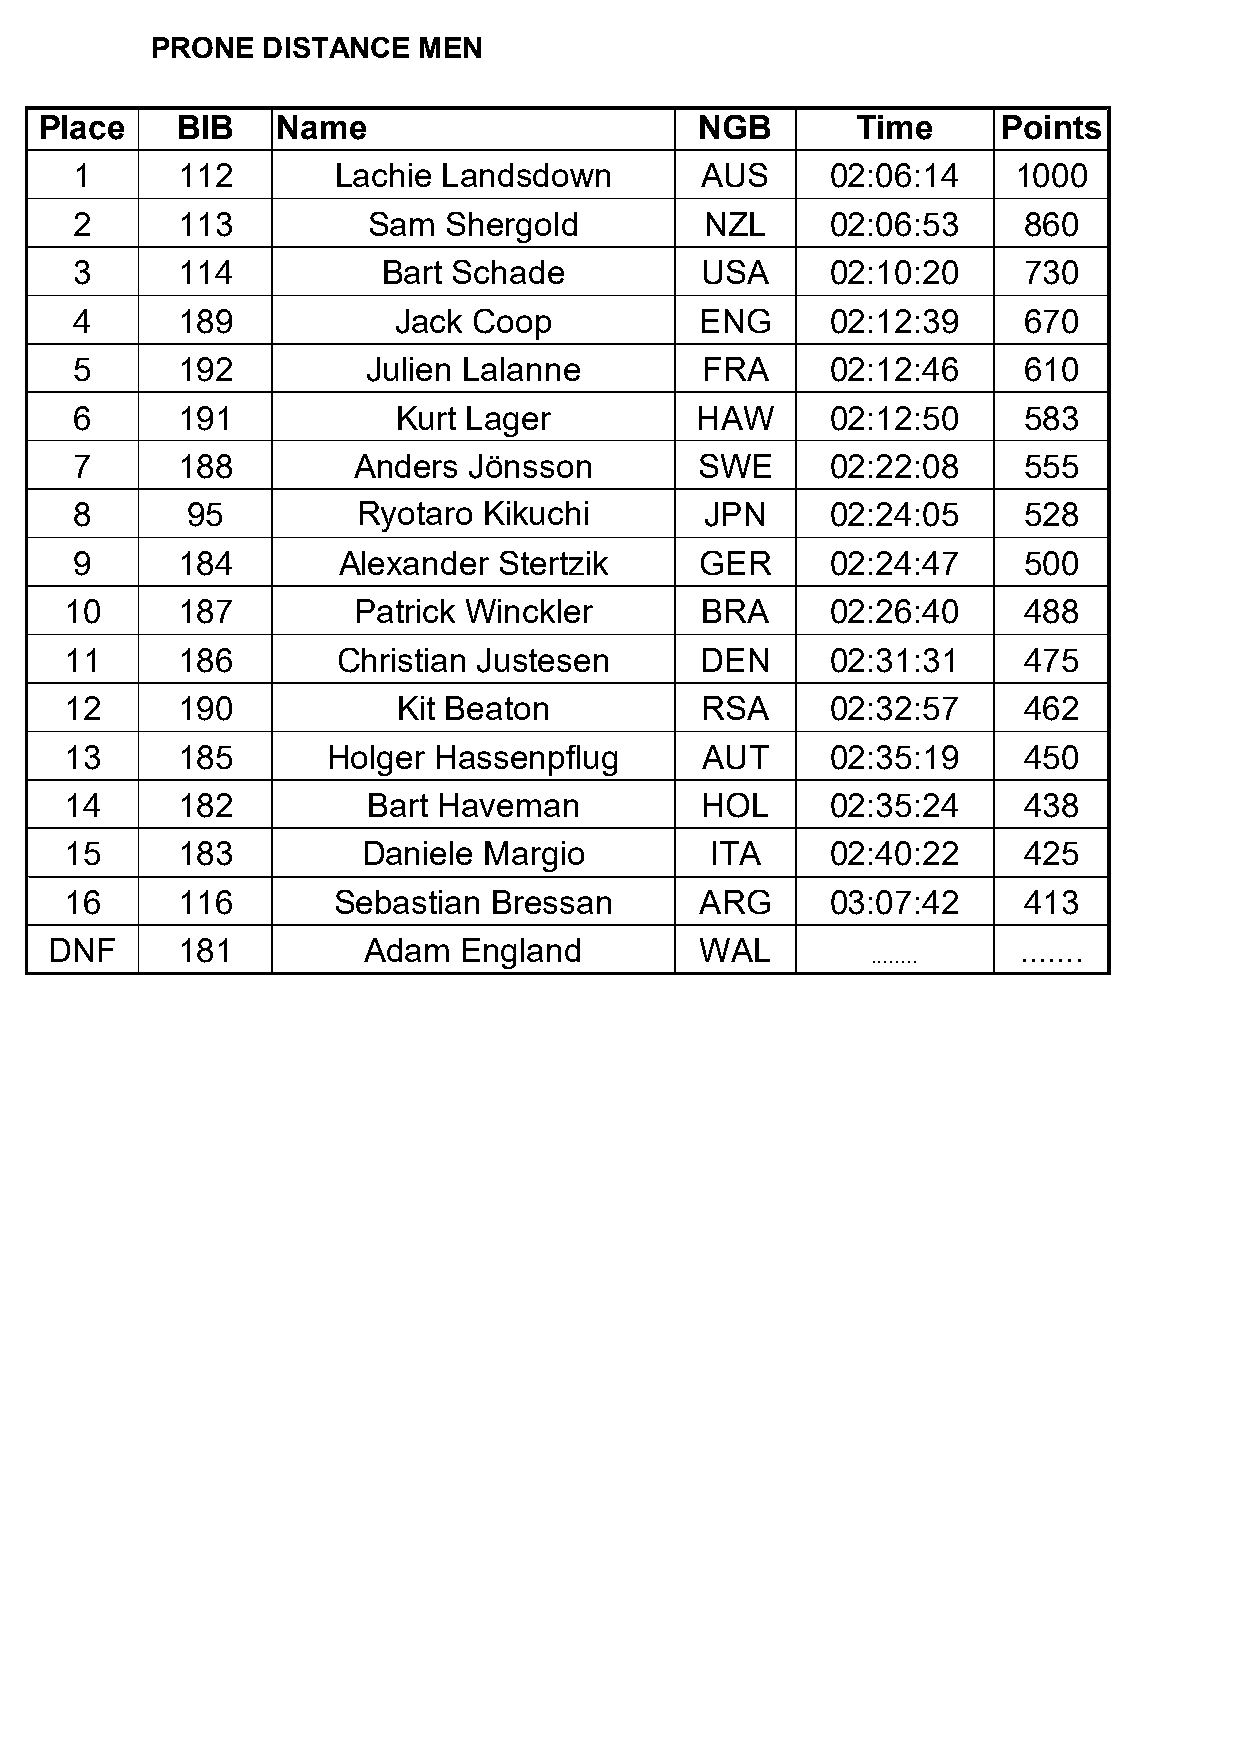
PRONE  DISTANCE   MEN
 Place    BIB   Name                        NGB        Time     Points
 1      112       Lachie Landsdown        AUS      02:06:14    1000
 2      113         Sam   Shergold         NZL     02:06:53     860
 3      114          Bart Schade          USA      02:10:20     730
 4      189           Jack Coop           ENG      02:12:39     670
 5      192         Julien Lalanne        FRA      02:12:46     610
 6      191           Kurt Lager          HAW      02:12:50     583
 7      188        Anders  Jönsson        SWE      02:22:08     555
 8      95          Ryotaro Kikuchi        JPN     02:24:05     528
 9      184       Alexander  Stertzik     GER      02:24:47     500
 10      187        Patrick Winckler       BRA      02:26:40     488
 11      186       Christian Justesen      DEN      02:31:31     475
 12      190           Kit Beaton          RSA      02:32:57     462
 13      185       Holger Hassenpflug      AUT      02:35:19     450
 14      182         Bart Haveman          HOL      02:35:24     438
 15      183         Daniele Margio         ITA     02:40:22     425
 16      116       Sebastian  Bressan      ARG      03:07:42     413
 DNF      181         Adam  England         WAL                  .......
 ........